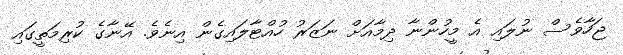
ޖަހާވެސް ނުލައި އެ މީހުންނާ ދިމާއަށް ނަޒަރު ހުއްޓާލައިގެން އިނެވެ. އޭނާގެ ކުރިމަތީގައި